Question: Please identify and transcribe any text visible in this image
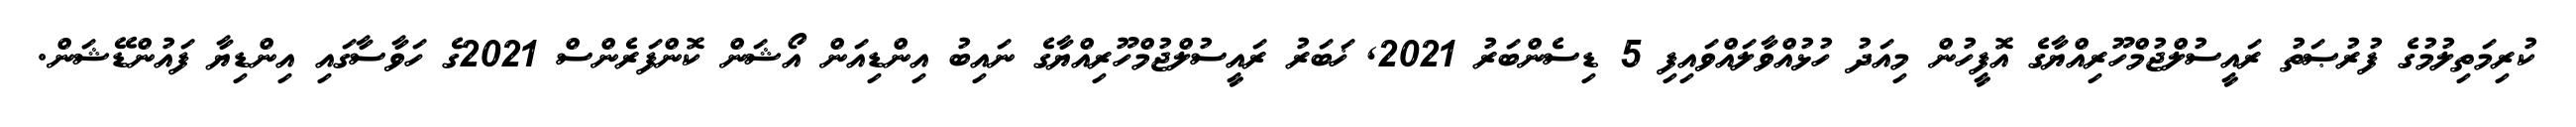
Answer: ކުރިމަތިލުމުގެ ފުރުޞަތު ރައީސުލްޖުމްހޫރިއްޔާގެ އޮފީހުން މިއަދު ހުޅުއްވާލައްވައިފި 5 ޑިސެންބަރު 2021, ޚަބަރު ރައީސުލްޖުމްހޫރިއްޔާގެ ނައިބު އިންޑިއަން އޯޝަން ކޮންފަރެންސް 2021ގެ ހަވާސާގައި އިންޑިޔާ ފައުންޑޭޝަން.